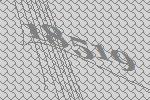
18519